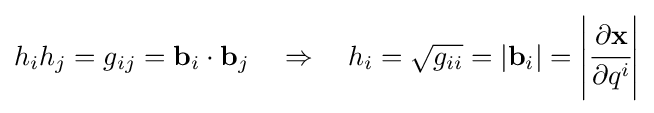
h_{i}h_{j}=g_{ij}=\mathbf {b} _{i}\cdot \mathbf {b} _{j}\quad \Rightarrow \quad h_{i}={\sqrt {g_{ii}}}=\left|\mathbf {b} _{i}\right|=\left|{\cfrac {\partial \mathbf {x} }{\partial q^{i}}}\right|